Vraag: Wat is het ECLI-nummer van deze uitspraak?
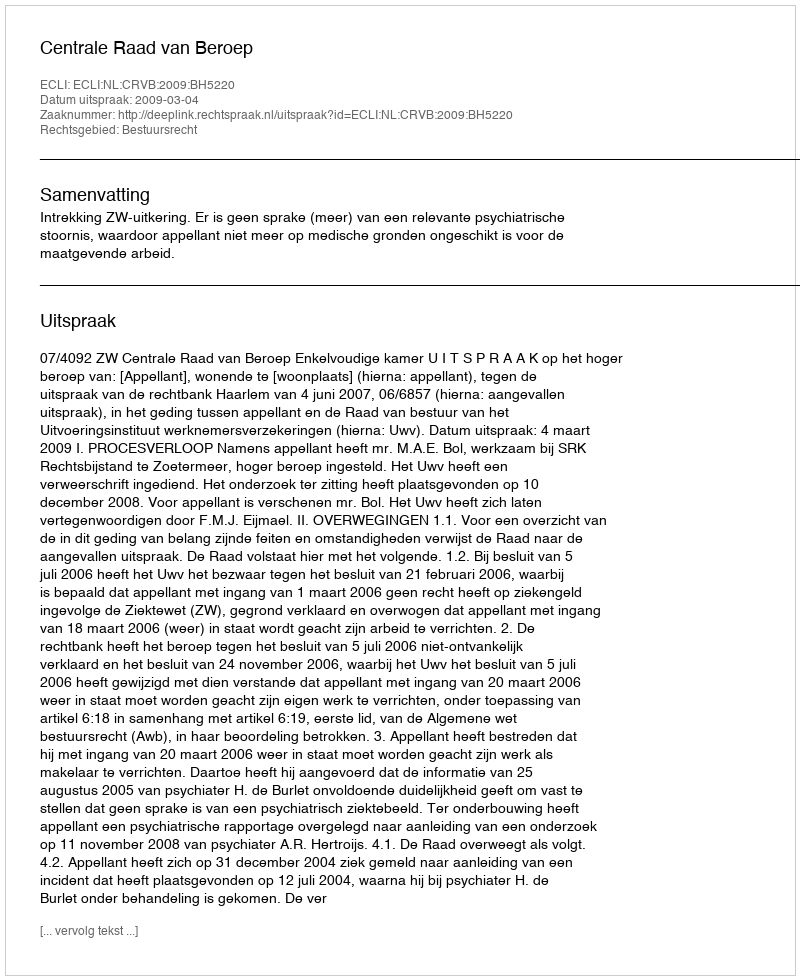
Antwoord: ECLI:NL:CRVB:2009:BH5220